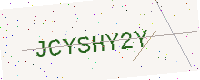
Text: JCYSHY2Y